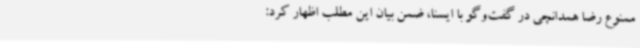
ممنوع رضا همدانچی در گفت‌وگو با ایسنا، ضمن بیان این مطلب اظهار کرد: